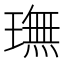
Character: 璑